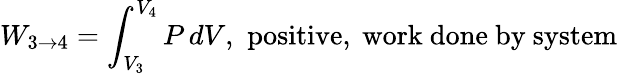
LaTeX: W_{3\to 4}=\int_{V_{3}}^{V_{4}}P\, dV,\, \, {\mathrm{positive,~work~done~by~system}}